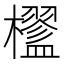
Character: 𣟇